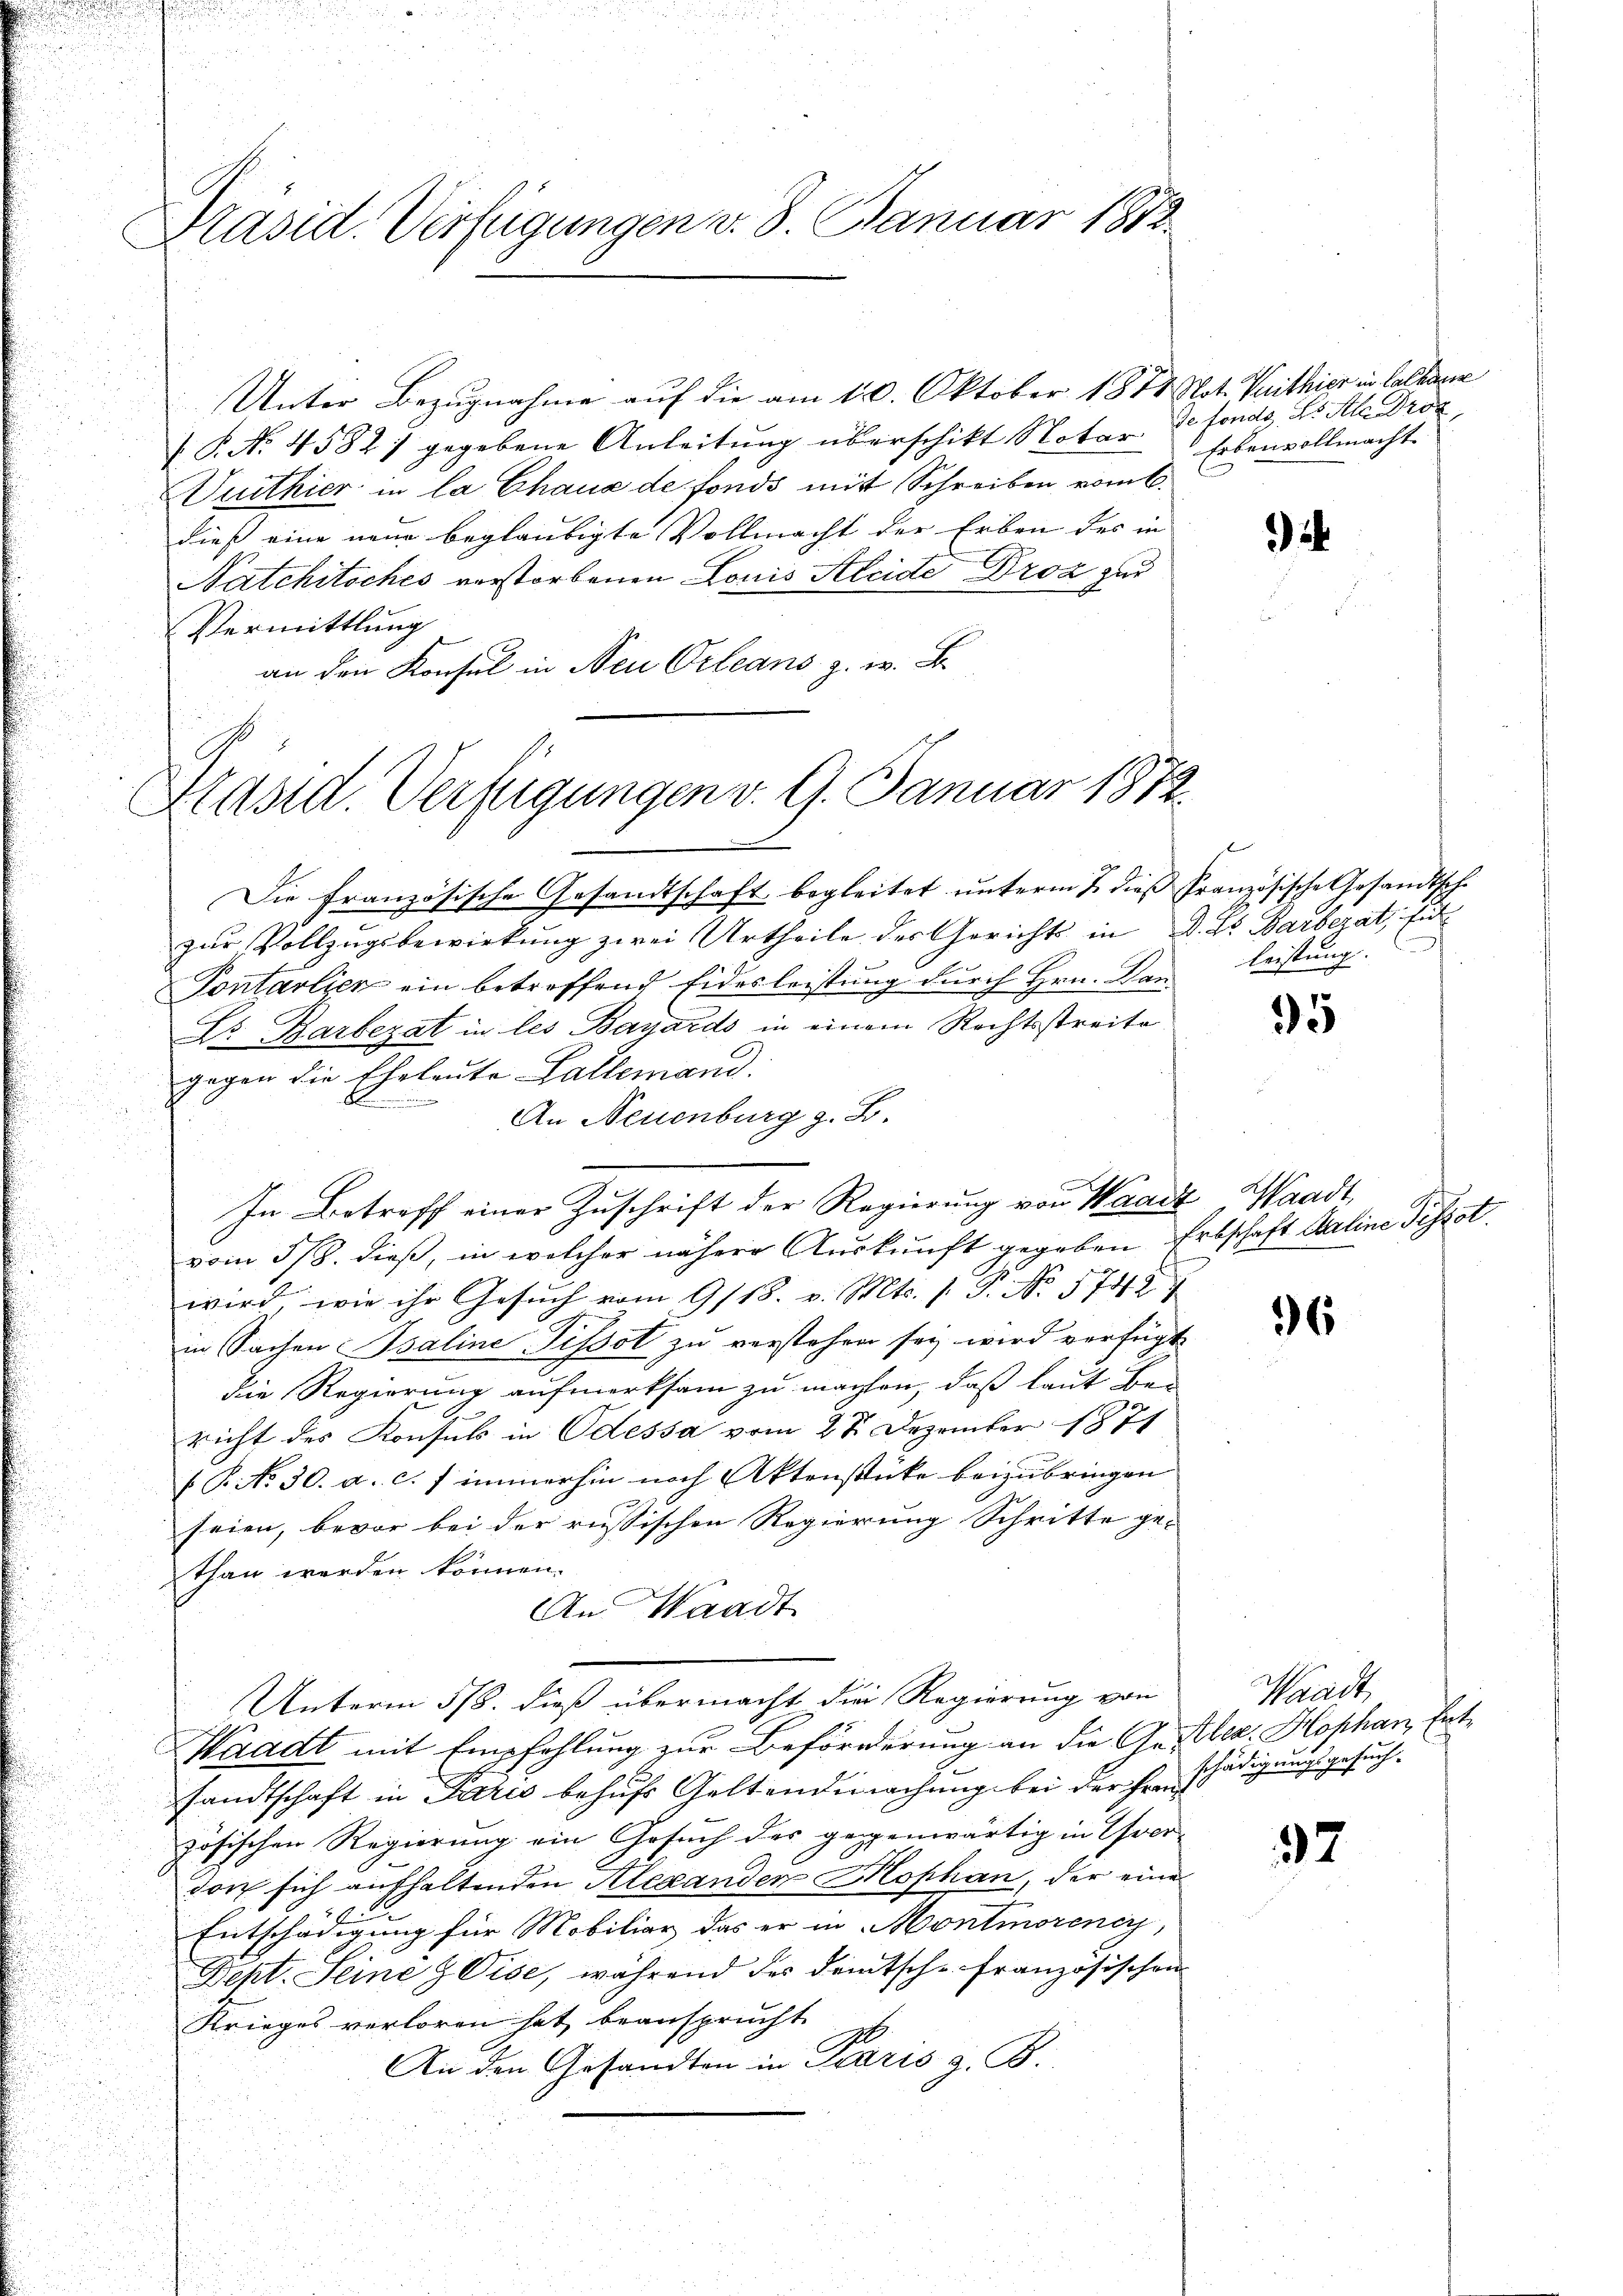
Präsid. Verfügungen v. 8. Januar 1882

Unter Bezugnahme auf die am 10. Oktober 1888 Not. Veithier in Cathane
P No 4582) gegebene Anleitung überschikt Notar
Vuithier in la Chaux de fonds mit Schreiben vom 6.
dieß eine neue beglaubigte Vollmacht der Erben des in
Natchitsches verstorbenen Louis Kleide Droz zur
Vermittlung
an den Konsul in Neu Orleans z. w. B

Präsid. Verfügungen v. 9. Januar 1872.

Die Französische Gesandtschaft begleitet unterm 2. dieß französische Gesandtsche
zur Vollzugsbewirkung zwei Urtheile der Gerichts in D. Pr. Barberat, Eid
Pontarlich ein betreffend Eidesleistung durch Hrn. Dan¬
Dr. Karbezat in les Bayards in einem Rechtsstreite
gegen die Eheleute Gallemand.
A
u
An Neuenburg z. B.

In Betreff einer Zuschrift der Regierung von Waadt, Waadt,
vom 5/8. dieß, in welcher nähere Auskunft gegeben Erbschaft Baline Tissot
wird, wie ihr Gesuch vom 9/18. v. Mts. 1. P. No 1748
in Sachen Isaline Tissot zu verstehen sey wird verfügt
die Regierung aufmerksam zu machten, daß laut Bericht des Konsuls in Odessa vom 28. Dezember 1874
 P. No 30. a. c. f immerhin noch Aktenstücke beizubringen
seien, bevor bei der russischen Regierung Schritte ge-
than werden können.
An Waadt
Unterm 5/8. dieß übermacht die Regierung von
Waadt mit Empfehlung zur Beförderung an die Anstler. Hophan, Entsandtschaft in Paris behufs Geltendmachung bei der Französischen Regierung ein Gesuch des gegenwärtig in ver-
don sich aufhaltenden Alexanden Mophan, der eine
Entschädigung für Mobiliar das er in Montmorenen,
Dept. Seine Vise, während des Deutsche französischen
Krieges verloren hat beansprucht
An den Gesandten in Paris z. B.

de fonds, ds Ale Droz
Erbenvollmacht

leistung.

95

96

37

Waadt
schädigungsgesuch.